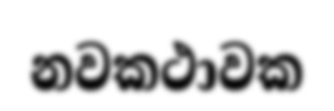
නවකථාවක